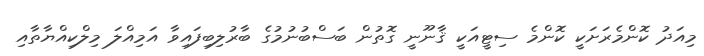
މިއަދު ކޮންމެރަށަކީ ކޮންމެ ސިޓީއަކީ ޤާނޫނީ ގޮތުން ބަސްބުނުމުގެ ބާރުލިބިފައިވާ އަމިއްލަ މިލްކިއްޔާތާއި